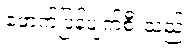
ဖောက်ပြန်ပျက်စီးသည့်